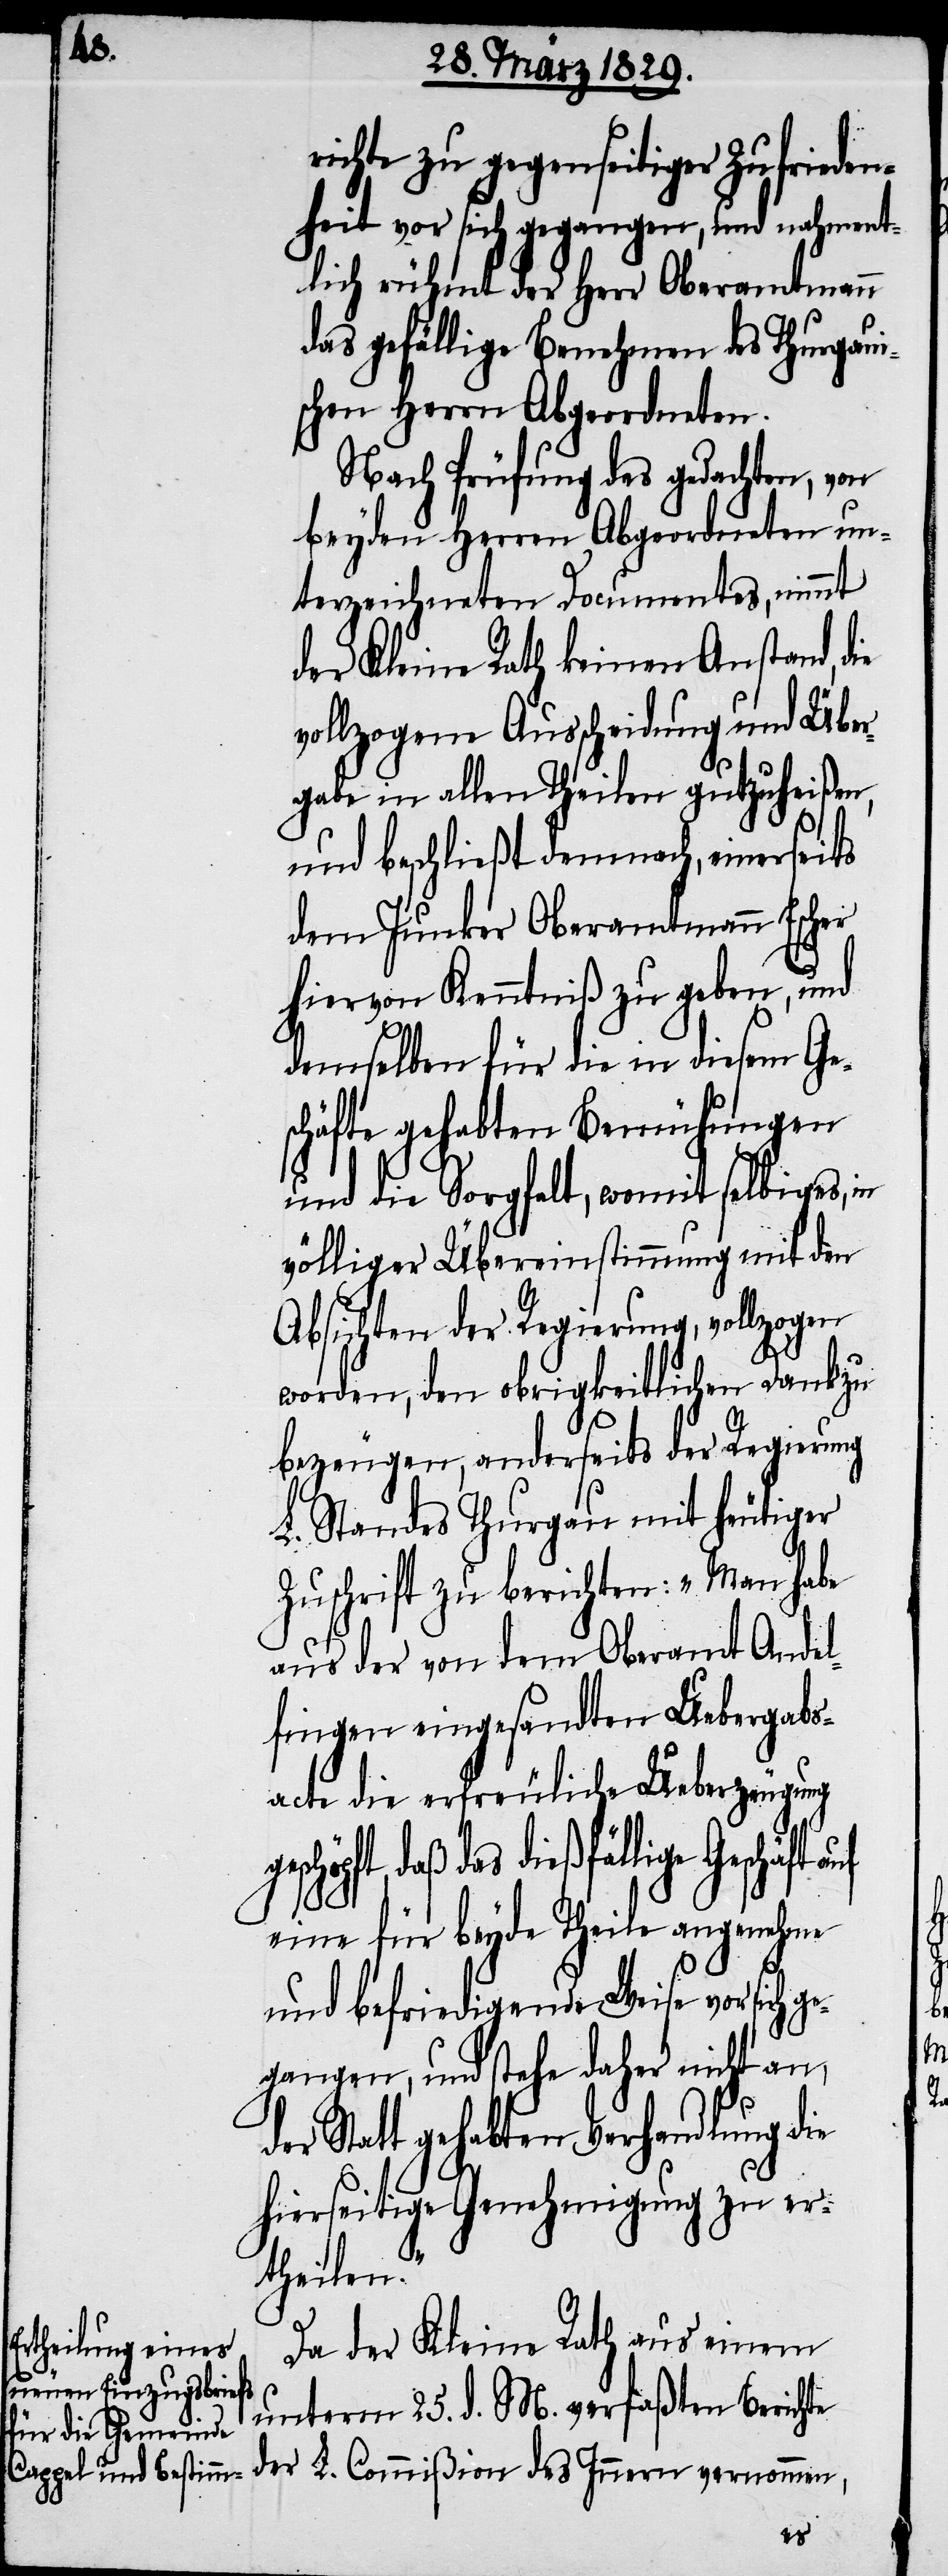
richte zu gegenseitiger Zufrieden¬
heit vor sich gegangen, und nahment¬
lich rühmt der Herr Oberamtmann
das gefällige Benehmen des Thurgaui¬
schen Herrn Abgeordneten.
Nach Prüfung des gedachten, von
beyden Herren Abgeordneten un¬
terzeichneten Documentes, nimmt
der Kleine Rath keinen Anstand, die
vollzogene Ausscheidung und Über¬
gabe in allen Theilen gutzuheißen,
und beschließt demnach, einerseits
dem Junker Oberamtmann Escher
hiervon Kenntniß zu geben, und
demselben für die in diesem Ge¬
schäfte gehabten Bemühungen
und die Sorgfalt, womit selbiges, in
völliger Übereinstimmung mit den
Absichten der Regierung, vollzogen
worden, den obrigkeitlichen Dank zu
bezeugen, anderseits der Regierung
L. Standes Thurgau mit heutiger
Zuschrift zu berichten: „Man habe
aus der von dem Oberamt Andel¬
fingen eingesandten Uebergabs¬
acte die erfreuliche Ueberzeugung
daß das dießfällige Geschäft
eine für beyde Theile angenehme
und befriedigende Weise vor sich ge¬
gangen, und stehe daher nicht an,
Statt gehabten Verhandlung die
hierseitige Genehmigung zu ver¬
theilen.
Da der Kleine Rath aus einem
unterm 25. d. M. verfaßten Berichte
der L. Commißion des Innern vernommen,